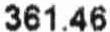
361.46